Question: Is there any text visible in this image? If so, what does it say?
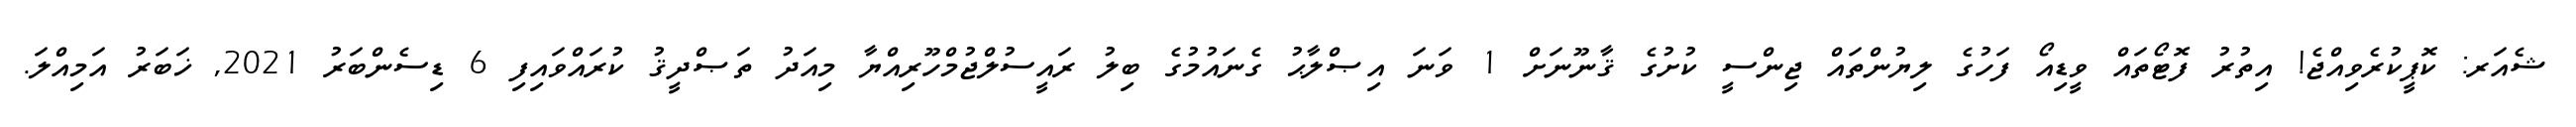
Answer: ޝެއަރ: ކޮޕީކުރެވިއްޖެ! އިތުރު ފޮޓޯތައް ވީޑިއޯ ފަހުގެ ލިޔުންތައް ޖިންސީ ކުށުގެ ޤާނޫނަށް 1 ވަނަ އިޞްލާޙު ގެނައުމުގެ ބިލު ރައީސުލްޖުމްހޫރިއްޔާ މިއަދު ތަޞްދީޤު ކުރައްވައިފި 6 ޑިސެންބަރު 2021, ޚަބަރު އަމިއްލަ.